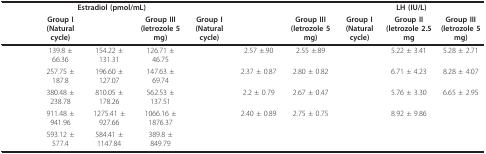
<table><thead><tr><td>[EMPTY_CELL]</td><td colspan="3"><b>Estradiol (pmol/mL)</b></td><td colspan="3">[EMPTY_CELL]</td><td colspan="3"><b>LH (IU/L)</b></td></tr><tr><td>[EMPTY_CELL]</td><td><b>Group I (Natural cycle)</b></td><td>[EMPTY_CELL]</td><td><b>Group III (letrozole 5 mg)</b></td><td><b>Group I (Natural cycle)</b></td><td>[EMPTY_CELL]</td><td><b>Group III (letrozole 5 mg)</b></td><td><b>Group I (Natural cycle)</b></td><td><b>Group II (letrozole 2.5 mg</b></td><td><b>Group III (letrozole 5 mg)</b></td></tr></thead><tbody><tr><td>[EMPTY_CELL]</td><td>139.8 ± 66.36</td><td>154.22 ± 131.31</td><td>126.71 ± 46.75</td><td>[EMPTY_CELL]</td><td>2.57 ±.90</td><td>2.55 ±.89</td><td>[EMPTY_CELL]</td><td>5.22 ± 3.41</td><td>5.28 ± 2.71</td></tr><tr><td>[EMPTY_CELL]</td><td>257.75 ± 187.8</td><td>196.60 ± 127.07</td><td>147.63 ± 69.74</td><td>[EMPTY_CELL]</td><td>2.37 ± 0.87</td><td>2.80 ± 0.82</td><td>[EMPTY_CELL]</td><td>6.71 ± 4.23</td><td>8.28 ± 4.07</td></tr><tr><td>[EMPTY_CELL]</td><td>380.48 ± 238.78</td><td>810.05 ± 178.26</td><td>562.53 ± 137.51</td><td>[EMPTY_CELL]</td><td>2.2 ± 0.79</td><td>2.67 ± 0.47</td><td>[EMPTY_CELL]</td><td>5.76 ± 3.30</td><td>6.65 ± 2.95</td></tr><tr><td>[EMPTY_CELL]</td><td>911.48 ± 941.96</td><td>1275.41 ± 927.66</td><td>1066.16 ± 1876.37</td><td>[EMPTY_CELL]</td><td>2.40 ± 0.89</td><td>2.75 ± 0.75</td><td>[EMPTY_CELL]</td><td>8.92 ± 9.86</td><td>[EMPTY_CELL]</td></tr><tr><td>[EMPTY_CELL]</td><td>593.12 ± 577.4</td><td>584.41 ± 1147.84</td><td>389.8 ± 849.79</td><td>[EMPTY_CELL]</td><td>[EMPTY_CELL]</td><td>[EMPTY_CELL]</td><td>[EMPTY_CELL]</td><td>[EMPTY_CELL]</td><td>[EMPTY_CELL]</td></tr></tbody></table>